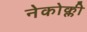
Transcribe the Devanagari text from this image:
नेकोक्ली